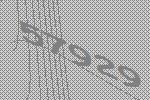
57929